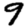
Digit: 9